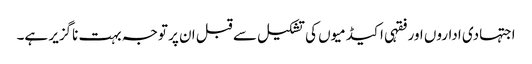
اجتہادی اداروں اور فقہی اکیڈمیوں کی تشکیل سے قبل ان پر توجہ بہت ناگزیر ہے۔